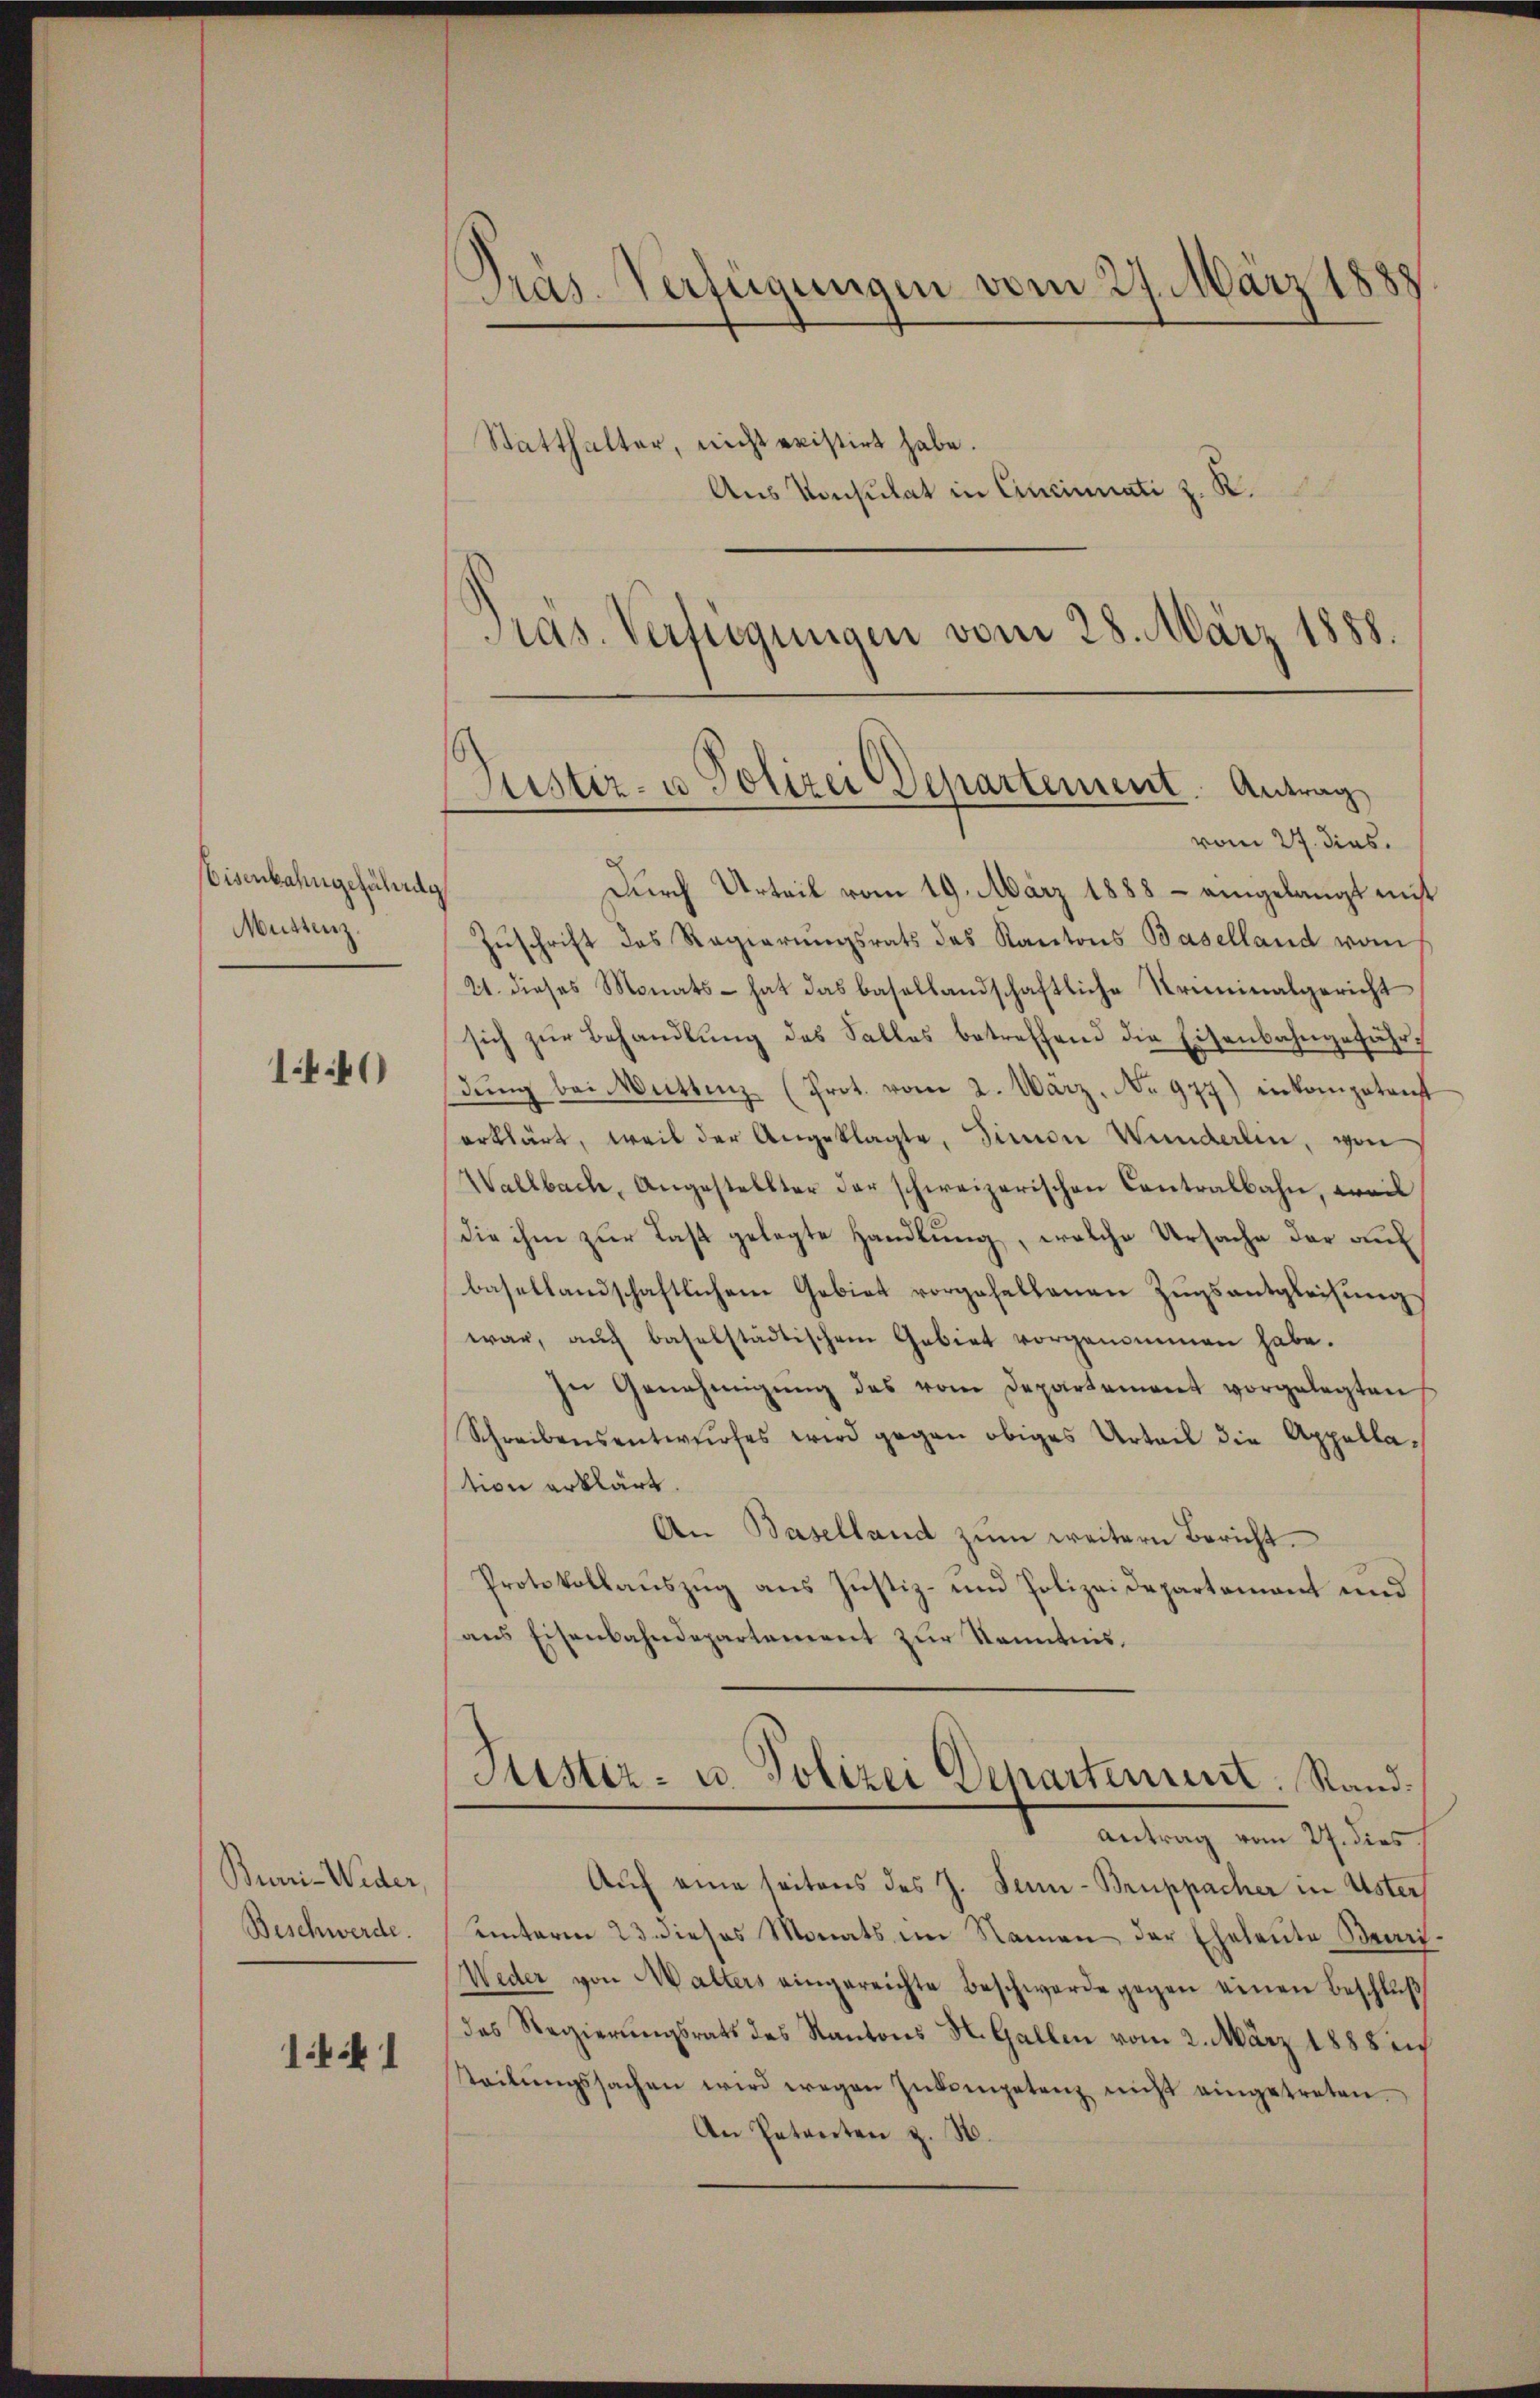
Eisenbahngefährde
Müttenz.

14.40)

Burri-Weder,
Beschwerde.

1Vik 1

Präs. Verfügungen vom 27. März 1888
Statthalter, nicht existirt habe.
Aus Konsulat in Cincinati z. R.
Pras. Verfügungen vom 28. März 1888.

Puster- u Polizei Departement. Antrag,
vom 27. dies.

Durch Urteil vom 19. März 1888 - eingelangt mit
Zŭschrift das Regierŭngsrats des Kantons Baselland vom
21. dieses Monats- hat das basellandschaftliche Kriminalgericht
sich zŭr Behandlŭng des Salles betreffend die Eisenbahngefähr-
dŭng bei Muttenz (Prot. vom 2. März. No 977) inkomptant
erklärt, weil der Angeklagte, Simon Wunderlin, von
Wallbach, Angestellter der schweizerischen Contralbahn, weil
die ihm zur Last gelegte Handlung, welche Ursache der auf
basellandschaftlichem Gebiet vorgehaltenen Zugsentgleichung
war, aŭch baselstädtischem Gebiet vorgenommen habe.
In Genehmigŭng des vom Departament vorgelegten
Schreibensentwurfes wird gegen obiges Urteil die Appellastion erklärt.
An Baselland zŭm weitern Bericht.
Protokollauszug aus Justiz- und Polizeidepartement und
ans Eisenbahndepartement zur Kenntnis.
Puster- u. Polizei Departement: Rand¬
Antrag vom 27. dies
Auf eine seitens des J. Jenni-Bruppacher in Uster
unterm 23. dieses Monats im Namen der Eheleute Bear¬
Weder von Walters eingereichte Beschwerde gegen einen Beschluß
des Regierungsrats des Kantons St. Gallen vom 2. März 1888 ei
teilŭngssachen wird wegen Inkompetenz nicht eingetreten.
An Petenten z. B.